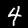
Digit: 4